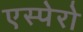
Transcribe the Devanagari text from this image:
एस्पेरो